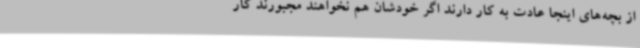
از بچه‌های اینجا عادت به کار دارند اگر خودشان هم نخواهند مجبورند کار